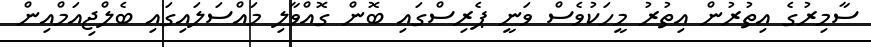
ސާމިރުގެ އިތުރުން އިތުރު މީހަކުވެސް ވަނީ ޕެރިސްގައި ބޮން ގޮއްވާލި މައްސަލައިގައި ބެލްޖިއަމްއިން